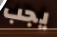
يجب